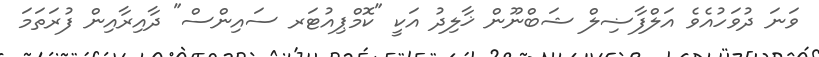
ވަނަ ދުވަހުއެވެ އަލްފާޟިލް ޝަބްނޫން ޚާލިދު އަކީ "ކޮމްޕިއުޓަރ ސައިންސް" ދާއިރާއިން ފުރަތަމަ